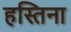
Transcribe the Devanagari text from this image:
हस्तिना